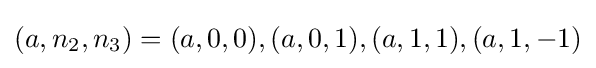
(a,n_{2},n_{3})=(a,0,0),(a,0,1),(a,1,1),(a,1,-1)